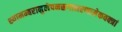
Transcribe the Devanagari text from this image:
श्यामम्बरानुलेपनस्रगाभरणामेकवक्त्रां